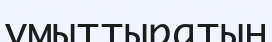
ұмыттыратын